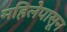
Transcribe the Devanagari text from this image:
महिलेपासून